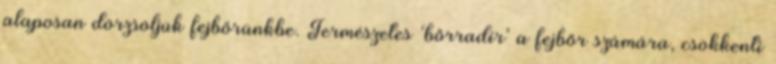
alaposan dörzsöljük fejbőrünkbe. Természetes ‘bőrradír’ a fejbőr számára, csökkenti